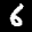
Label: 6